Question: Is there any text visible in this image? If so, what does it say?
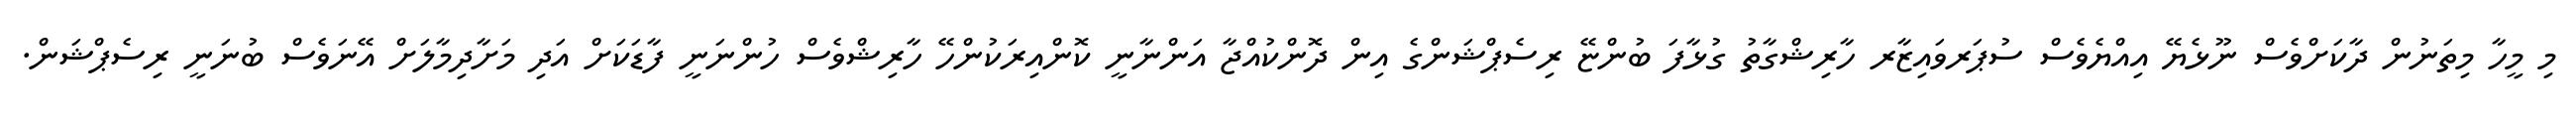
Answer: މި މީހާ މިތަނުން ދާކަށްވެސް ނޫޅެޔޭ އިއްޔެވެސް ސުޕަރވައިޒާރ ހާރިޝްގާތު ގުޅާފަ ބުންޏޭ ރިސެޕްޝަންގެ އިން ދޮންކުއްޖާ އަންނާނީ ކޮންއިރަކުންހޭ ހާރިޝްވެސް ހުންނަނީ ފާޑަކަށް އަދި މަށާދިމާލަށް އޭނަވެސް ބުނަނީ ރިސެޕްޝަން.